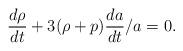
LaTeX: \begin{align*}{{d\rho}\over{dt}} + 3(\rho + p){{da}\over{dt}}/a = 0.\end{align*}